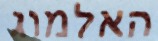
האלמוג